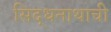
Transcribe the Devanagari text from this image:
सिद्धनाथाची